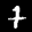
Label: 7